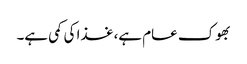
بھوک عام ہے، غذا کی کمی ہے۔